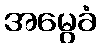
အမွေခံ